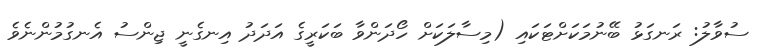
ސުވާލު: ރަނގަޅު ބޭނުމަކަށްޓަކައި (މިސާލަކަށް ހޯދަންވާ ބަކަރީގެ އަދަދު އިނގެނީ ޖިންސު އެނގުމުންނެވެ